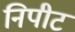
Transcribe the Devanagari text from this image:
निपीट